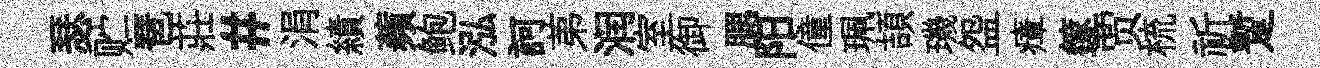
瑟贮琶莊#涓績蘋鲍泓訶苐润室御腮阳僮珮頡璣盌瘴篴贾梳祈蹔